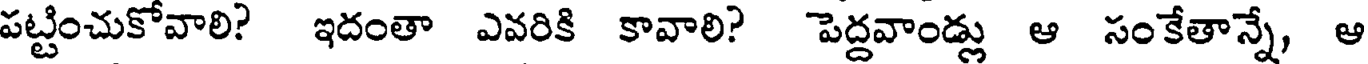
పట్టించుకోవాలి? ఇదంతా ఎవరికి కావాలి? పెద్దవాండ్లు ఆ సంకేతాన్నే, ఆ